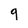
Character: q